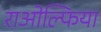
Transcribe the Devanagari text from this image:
राओल्फिया